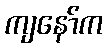
ကျနော်က